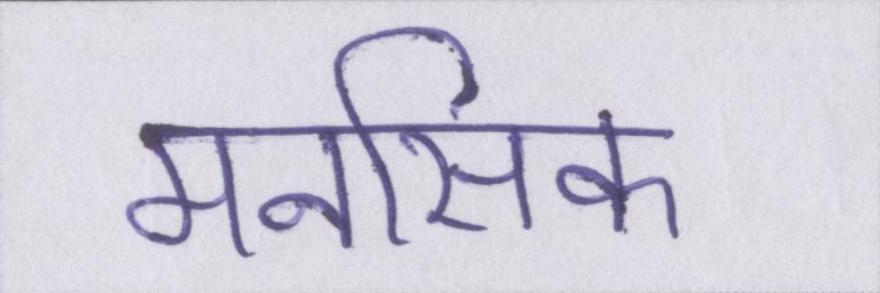
मनसिक